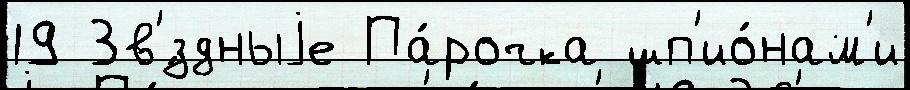
19 Зв'́здныjе Па́рочка шп'ио́нам'и